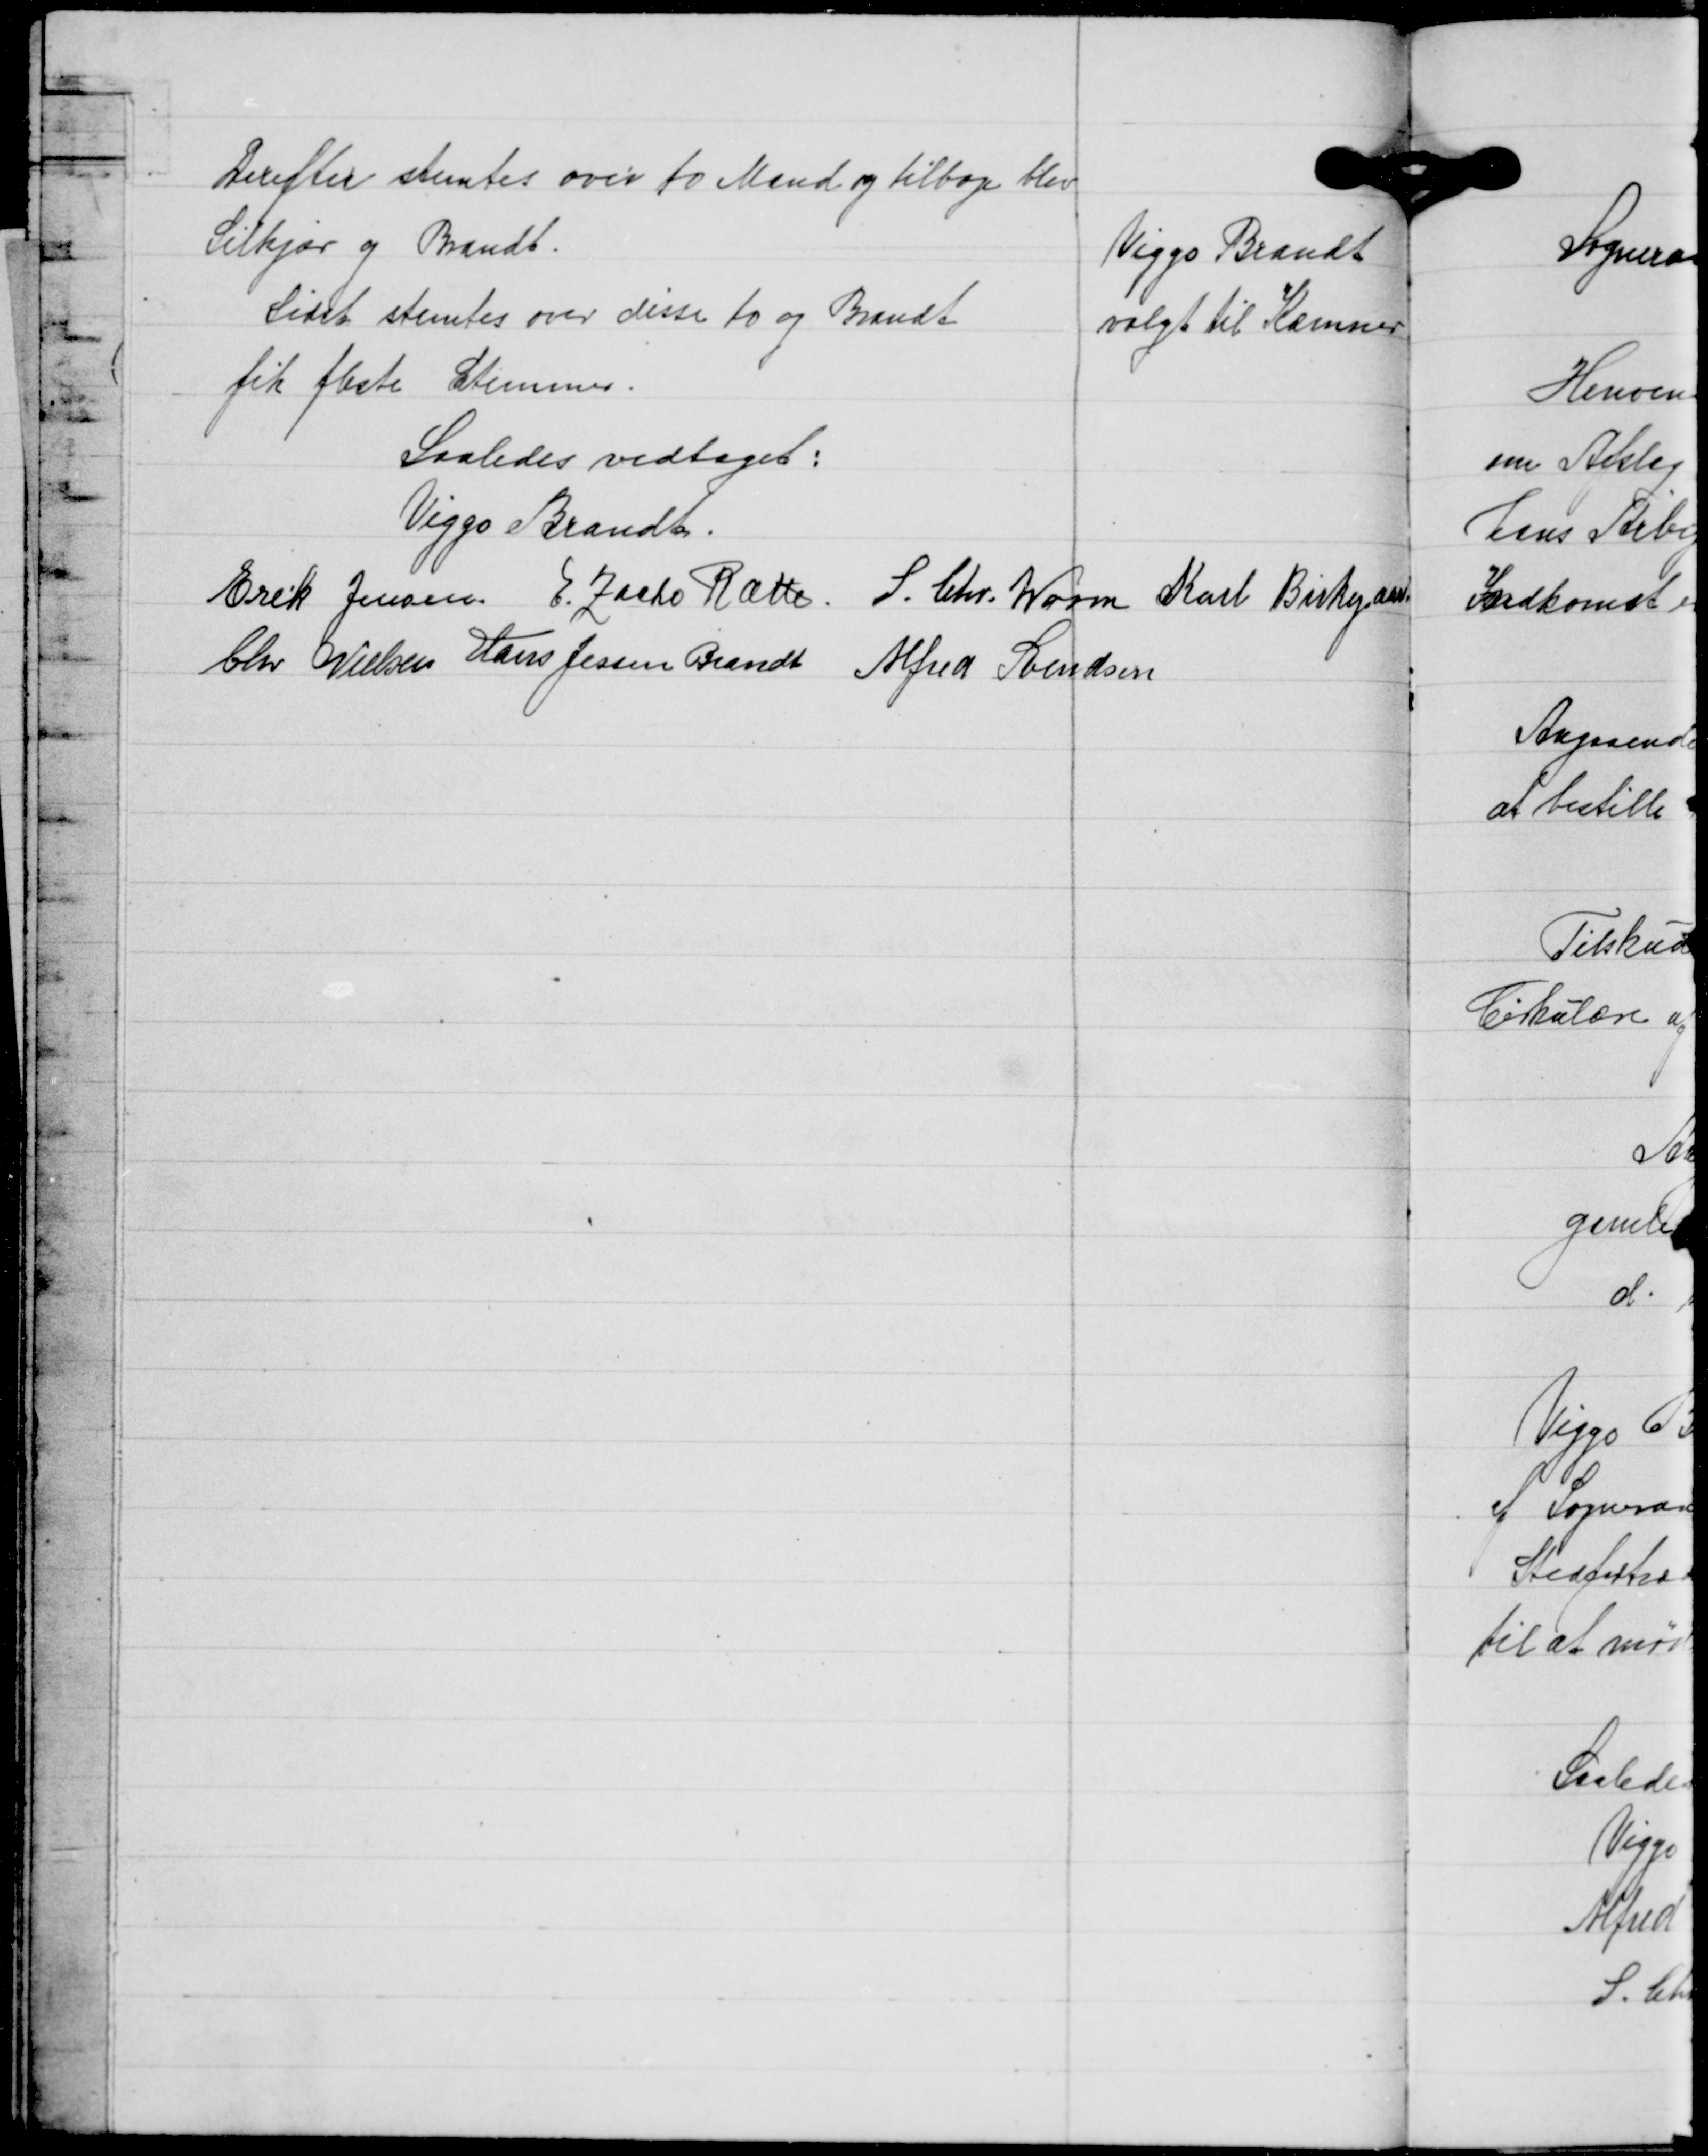
Transskription:
Derefter stemtes over to Mand og tilbage blev
Silkjær og Brandt.
Sidst stemtes over disse to og Brandt
fik fleste Stemmer.

Viggo Brandt
valgt til Kæmner

Saaledes vedtaget:
Viggo Brandt
Erik Jensen E. Zacho Rath S. Chr. Worm Karl Birkegaard
Chr. Nielsen Hans Jessen Brandt Alfred Svendsen